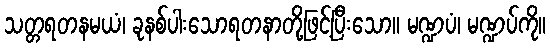
သတ္တရတနမယံ၊ ခုနစ်ပါးသောရတနာတို့ဖြင့်ပြီးသော။ မဏ္ဍပံ၊ မဏ္ဍပ်ကို။